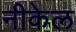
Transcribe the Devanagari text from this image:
नीकेल